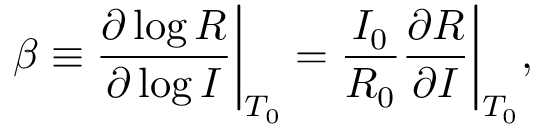
\beta \equiv \frac { \partial \log R } { \partial \log I } \bigg | _ { T _ { 0 } } = \frac { I _ { 0 } } { R _ { 0 } } \frac { \partial R } { \partial I } \bigg | _ { T _ { 0 } } ,